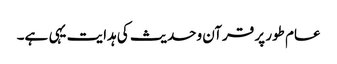
عام طور پر قرآن وحدیث کی ہدایت یہی ہے۔